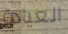
العيادة